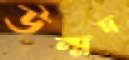
উন্মদ